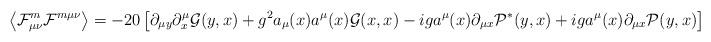
LaTeX: \begin{align*} \left\langle \mathcal F^m_{\mu \nu} \mathcal F^{m \mu \nu} \right\rangle = -20 \left[ \partial_{\mu y} \partial^\mu_x \mathcal G (y,x) + g^2 a_\mu (x) a^\mu (x) \mathcal G (x,x) - i g a^\mu (x) \partial_{\mu x} \mathcal P^* (y,x) + i g a^\mu (x) \partial_{\mu x} \mathcal P (y,x) \right] \Bigr |_{y=x}\end{align*}